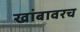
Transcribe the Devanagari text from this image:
खांबावरच